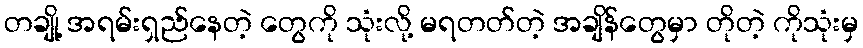
တချို့ အရမ်းရှည်နေတဲ့ တွေကို သုံးလို့ မရတတ်တဲ့ အချိန်တွေမှာ တိုတဲ့ ကိုသုံးမှ